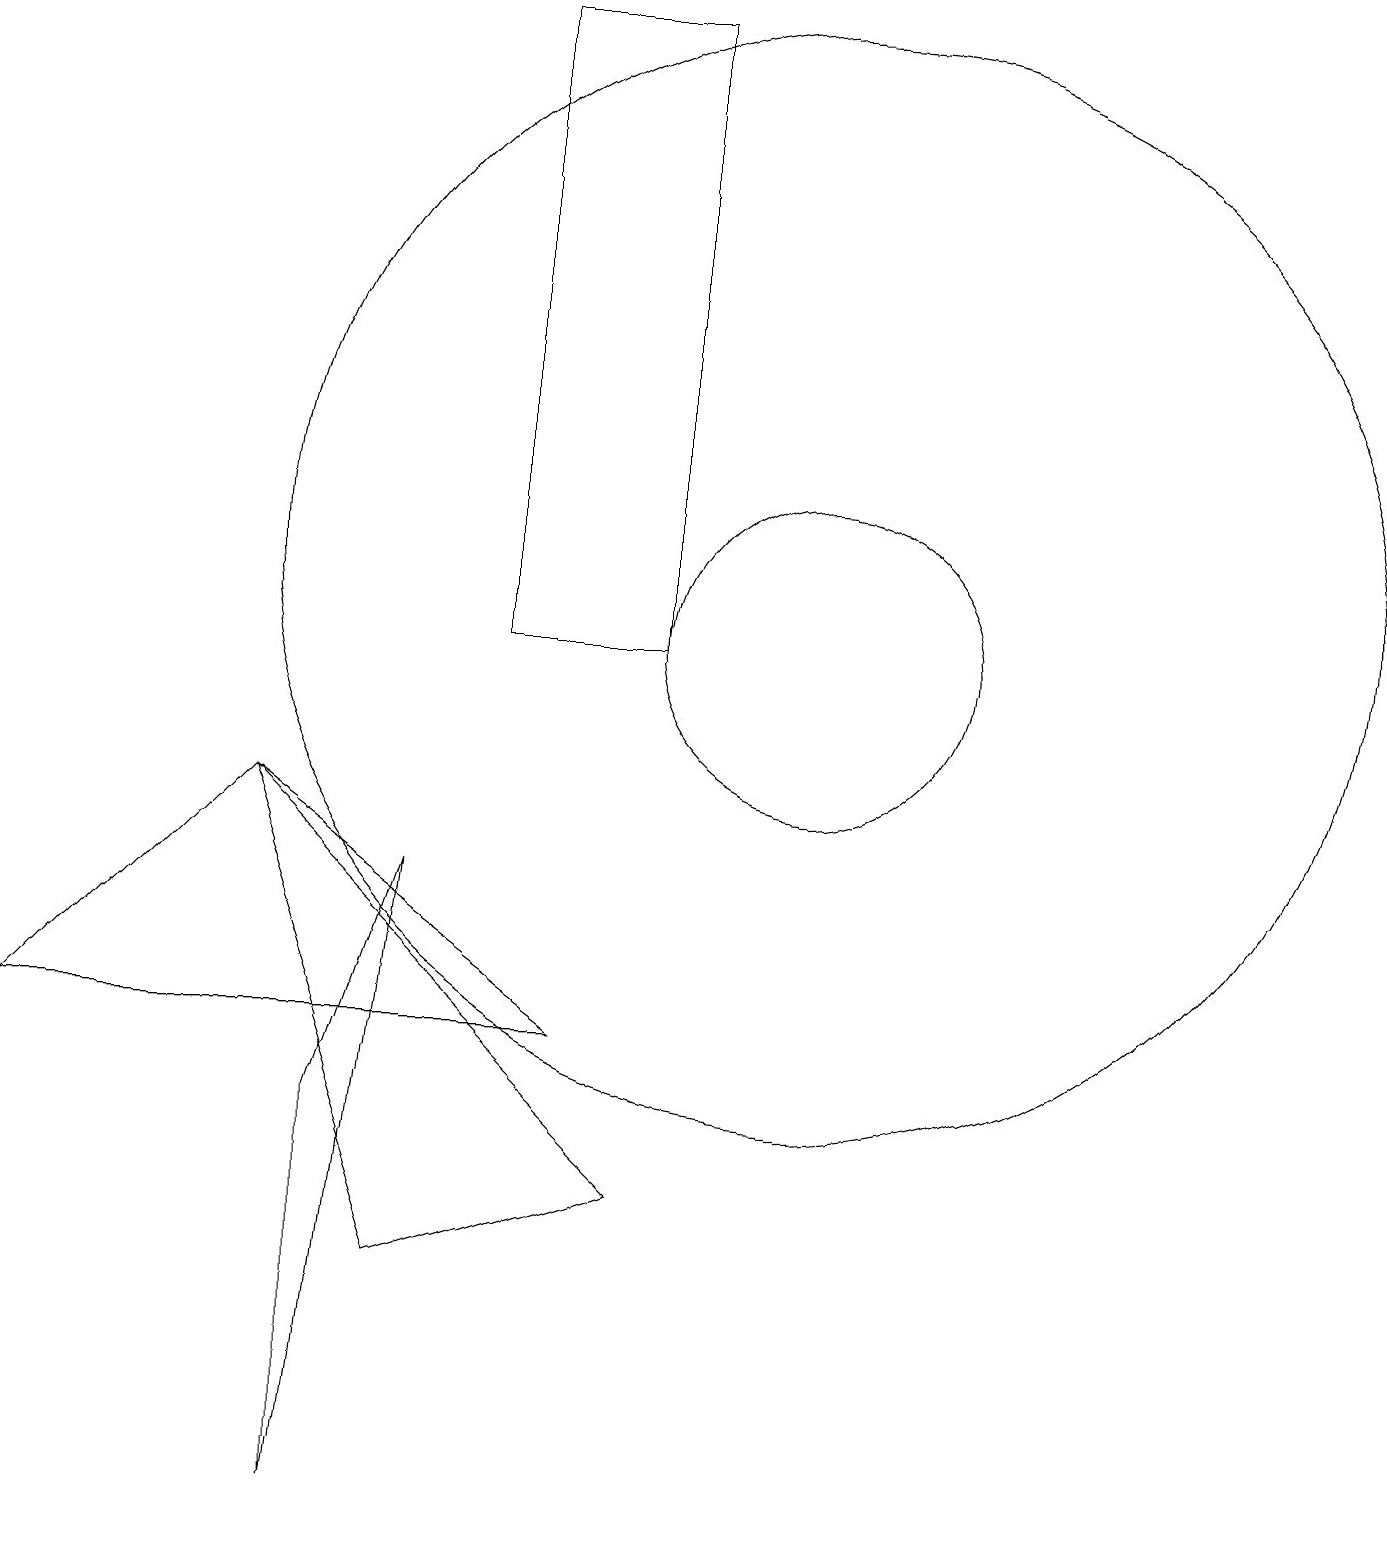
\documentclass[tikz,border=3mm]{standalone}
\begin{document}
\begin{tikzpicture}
\draw (0,6) -- (7,6) -- (3,9) -- cycle;
\draw (4,5) -- (5,8) -- (4,0) -- cycle;
\draw (10,11) circle (2);
\draw (6,19) rectangle (8,11);
\draw (10,12) circle (7);
\draw (8,4) -- (5,3) -- (3,9) -- cycle;
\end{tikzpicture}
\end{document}